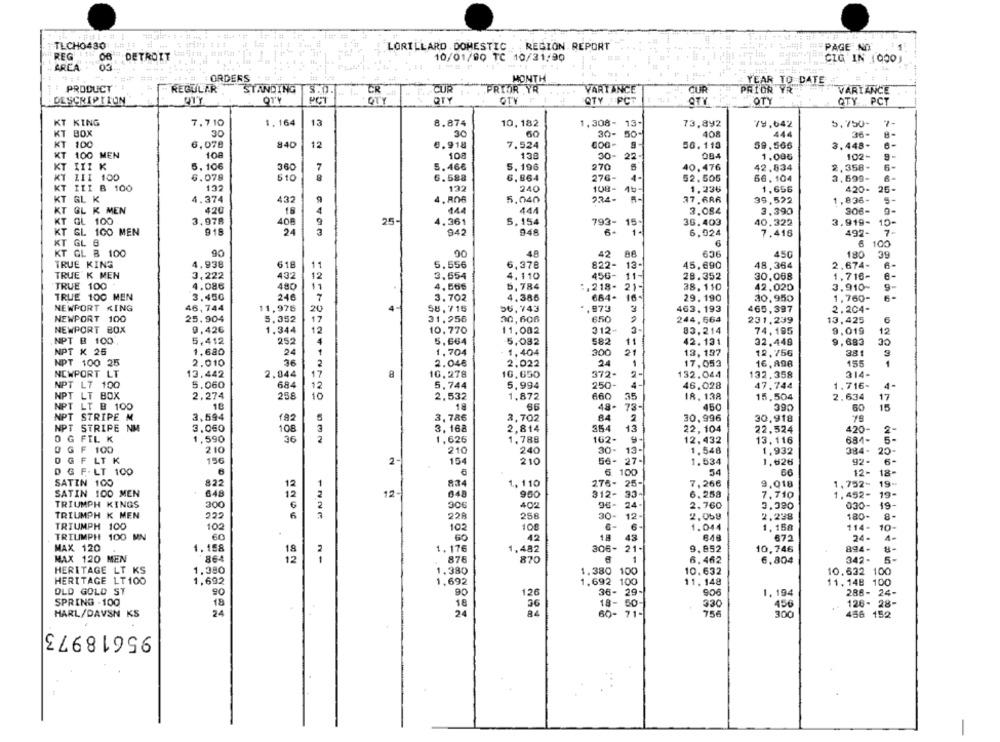
TLCHO480
LORILLARD DOMESTIC
REGION REPORT
CHE # PAGE NOT
REG
DETROIT
10/01/80 TC 10/31/90
CIG IN (000)
AREA
: ORDERS
MONTH
YEAR TO DATE
PRODUCT
REGULAR
STANDING
5.0.
CUR
PRIOR YR
VARIANCE
CUR
PRIOR YR
VARIANCE
DESCRIPTION
QTY
PCT
QTY
QTY
OTY F
QTY PCT
ČTY
OTY
QTY PCT
KT KING
7.710
1.164
13
8.874
10, 182
1,308- 13-
73,892
79.642
5.750-
KT BOX
30
30
60
30-
50-
408
444
36-
8-
KT
100
6,078
840
12
8.918
7.524
50.118
59,566
3.448-
KT
100 MEN
108
108
138
30-
22-
004
1.005
102-
KT
5. 106
360
7
5.466
5.196
270
40.476
42,834
2,358-
6
KT
LII 100
6.078
510
6.588
6,864
276-
4-
$2.505
66.104
3,699-
6-
KT III B 100
132
132
240
108-
1,236
1.656
420-
26-
KT GL K
4.374
432
4,806
5.040
234-
37.686
39,522
1,836-
4
KT GL K MEN
420
15
144
444
3.084
3.390
306-
KT GL 100
3.978
408
25-
.361
5.154
793- 15-
36.403
40.322
3.919-
10-
KT GL 100 MEN
918
24
948
1.
942
6,024
7.416
492-
KT GL 6
6
100
KT GL & 100
90
00
48
42
450
88
636
180
39
TRUE KING
4.938
618
5,556
6,378
822-
45.690
48,364
2.674-
6-
TRUE K MEN
3,222
432
12
3.654
4.110
456-
11-
28.352
30,068
1,716-
TRUE 100
4.086
480
$1
4. 566
5. 784
:, 218-
21-
38.110
42.020
3.910-
9
TRUE 100 MEN
3.450
246
3.702
4.386
684-
16.
29.190
30.950
1.760-
7
NEWPORT KING
46,744
11,976
20
4
58.715
56.743
.973
463. 193
465,397
2.204-
NEWPORT 100
25,904
5,352
17
31.956
30,606
650
244.664
231,239
13,425
6
NEWPORT BOX
0,426
1.344
10.770
11,002
312-
83,214
74.195
9.019
12
NPT B 100
5,412
252
5.664
5,032
582
11
42.131
32.448
9,683
30
1
NPT X 26
1,680
24
1.704
1,404
300
21
13, 137
12,756
381
3
NPT 100 25
2.010
36
2
2.046
2.022
1
17,053
16,898
155
1
NEWPORT LT
13.442
2.044
17
16, 278
10,650
372-
132.044
132.358
314-
NPT LT 100
5.060
684
12
5,744
5,994
250-
4
46.028
47.744
1.716-
4
NPT LT BOX
2.274
258
10
2,532
1,872
660
35
18.138
15,504
2.634
17
NPT LT B 100
18
18
66
48-
73-
450
390
60
15
NPT STRIPE M
3,594
192
8.4
3,786
3,702
30,996
30,918
NPT STRIPE NM
3.060
108
3
3. 168
2,814
354
13
22,104
22,524
420-
2
1,788
684-
2-
0 G FIL K
1,590
36
1,626
162
12,432
13.116
D GF 100
210
210
240
30-
13-
1.548
1,932
384-
20
OGF LTK
156
154
210
56- 27-
1.534
1,526
92-
6-
D G F. LT 100
6 100
54
12-
18-
SATIN 100
822
1
1, 110
276- 25-
7,266
9,018
1,752- 19-
SATIN 100 MEN
648
12
12-
648
9.50
312- 33+
6.258
7,710
1,452- 19-
TRIUMPH KINGS
300
306
402
96- 24-
2.760
030- 19-
96-
24-
3.390
TRIUMPH K MEN
228
258
30-
12.
2.059
2.238
180-
8
TRIUMPH 100
102
102
100
1.044
1, 158
114-
10-
TRIUMPH 100 MN
60
60
42
18
43
648
672
24-
4-
MAX 120
1.158
1,176
1,482
306-
21.
9.852
10,746
894-
18
MAX 120 MEN
864
876
870
1
6.462
6,804
342.
HERITAGE LT KS
1,380
1.380
1.380 100
10.632
10.632 100
HERITAGE LT100
1,692
1.692
1,692 100
11. 148
11.148 100
OLD GOLD ST
90
90
126
36-
29-
906
1. 194
288- 24-
SPRING - 100
18
456
18
36
18- 50
330
126- 28-
HARL/DAVSN KS
24
24
60- 71-
756
3.00
456 152
95618973